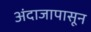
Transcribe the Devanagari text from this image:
अंदाजापासून